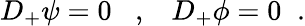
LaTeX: D_{+}\psi=0\; \; \; ,\; \; \; D_{+}\phi=0\; \; .